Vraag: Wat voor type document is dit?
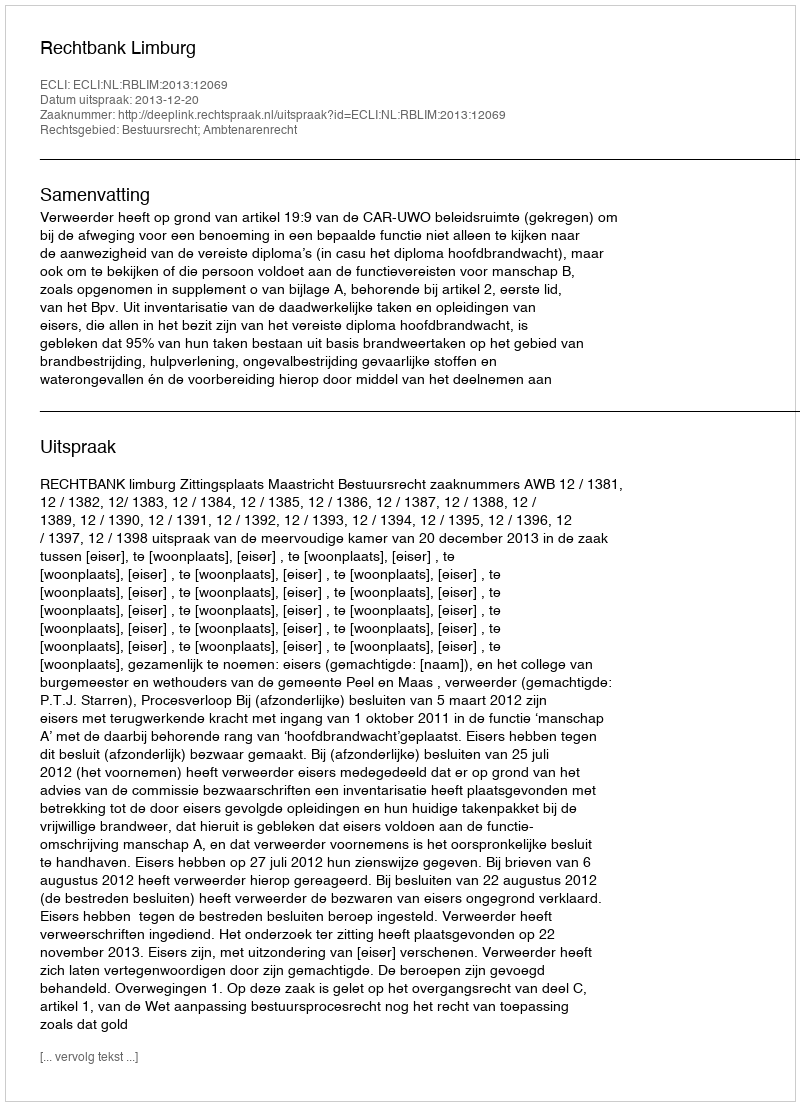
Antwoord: Uitspraak